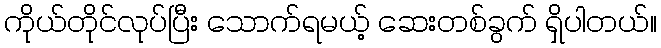
ကိုယ်တိုင်လုပ်ပြီး သောက်ရမယ့် ဆေးတစ်ခွက် ရှိပါတယ်။